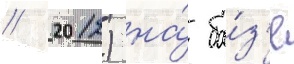
// 2012) на́ ба́з'е